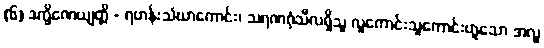
(၆) ဒက္ခိဏေယျတ္တိ - ရဟန်းသံဃာကောင်း၊ သရဏဂုံသီလရှိသူ လူကောင်းသူကောင်းဟူသော အလှူ